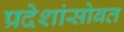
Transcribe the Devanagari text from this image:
प्रदेशांसोबत